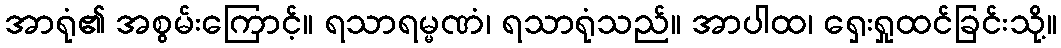
အာရုံ၏ အစွမ်းကြောင့်။ ရသာရမ္မဏံ၊ ရသာရုံသည်။ အာပါထ၊ ရှေးရှုထင်ခြင်းသို့။